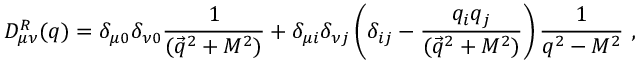
D _ { \mu \nu } ^ { R } ( q ) = \delta _ { \mu 0 } \delta _ { \nu 0 } { \frac { 1 } { ( \vec { q } ^ { 2 } + M ^ { 2 } ) } } + \delta _ { \mu i } \delta _ { \nu j } \left( \delta _ { i j } - { \frac { q _ { i } q _ { j } } { ( \vec { q } ^ { 2 } + M ^ { 2 } ) } } \right) { \frac { 1 } { q ^ { 2 } - M ^ { 2 } } } ~ ,